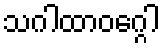
သဂါထာဝဂ္ဂေါ